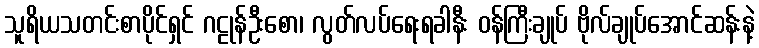
သူရိယသတင်းစာပိုင်ရှင် ဂဠုန်ဦးစော၊ လွတ်လပ်ရေးရခါနီး ဝန်ကြီးချုပ် ဗိုလ်ချုပ်အောင်ဆန်းနဲ့